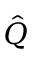
\hat { Q }